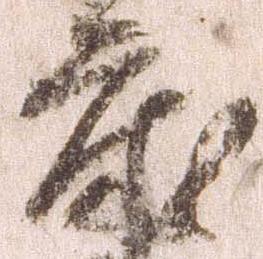
床